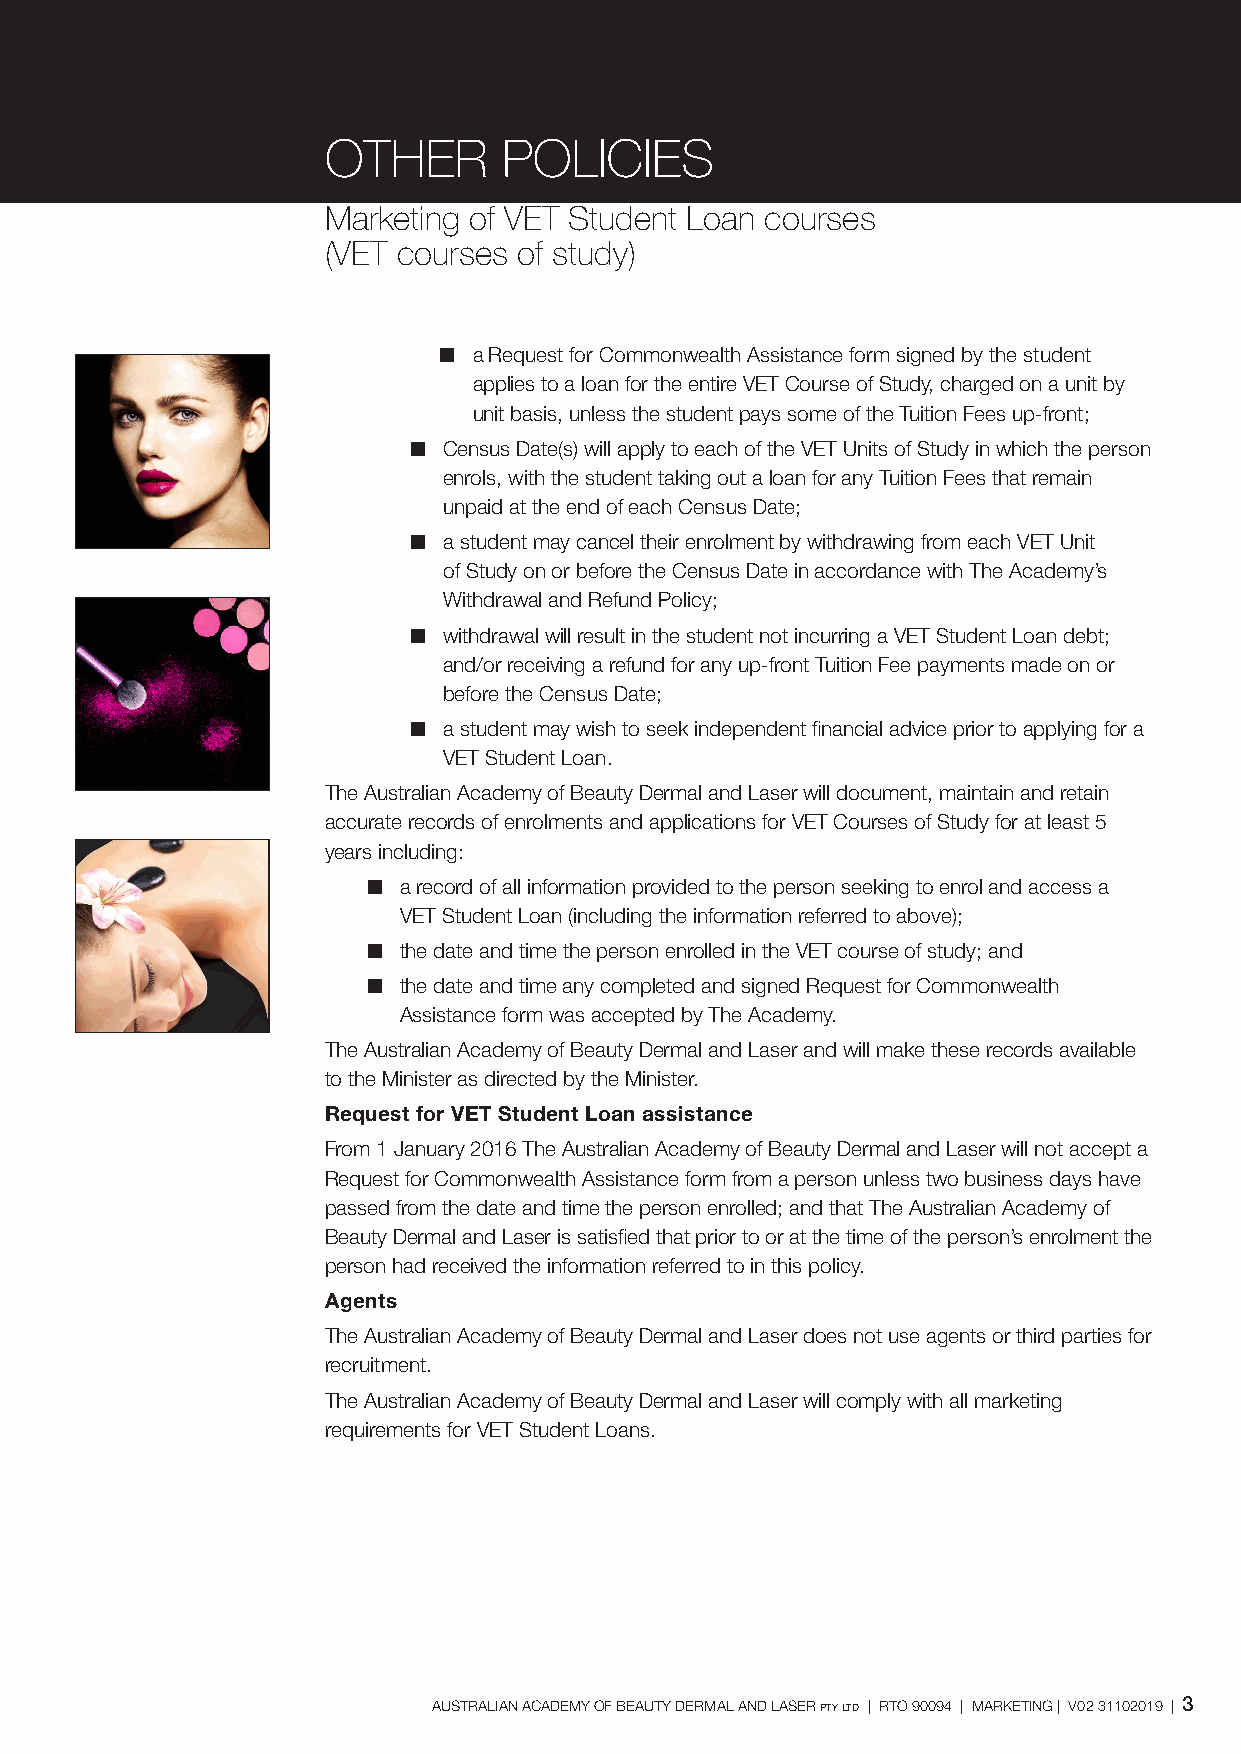
OTHER      POLICIES
 Marketing of VET Student Loan courses
 (VET courses of study)
 n a Request for Commonwealth Assistance form signed by the student
 applies to a loan for the entire VET Course of Study, charged on a unit by
 unit basis, unless the student pays some of the Tuition Fees up-front;
 n Census Date(s) will apply to each of the VET Units of Study in which the person
 enrols, with the student taking out a loan for any Tuition Fees that remain
 unpaid at the end of each Census Date;
 n a student may cancel their enrolment by withdrawing from each VET Unit
 of Study on or before the Census Date in accordance with The Academy’s
 Withdrawal and Refund Policy;
 n withdrawal will result in the student not incurring a VET Student Loan debt;
 and/or receiving a refund for any up-front Tuition Fee payments made on or
 before the Census Date;
 n a student may wish to seek independent financial advice prior to applying for a
 VET Student Loan.
 The Australian Academy of Beauty Dermal and Laser will document, maintain and retain
 accurate records of enrolments and applications for VET Courses of Study for at least 5
 years including:
 n a record of all information provided to the person seeking to enrol and access a
 VET Student Loan (including the information referred to above);
 n the date and time the person enrolled in the VET course of study; and
 n the date and time any completed and signed Request for Commonwealth
 Assistance form was accepted by The Academy.
 The Australian Academy of Beauty Dermal and Laser and will make these records available
 to the Minister as directed by the Minister.
 Request for VET Student Loan assistance
 From 1 January 2016 The Australian Academy of Beauty Dermal and Laser will not accept a
 Request for Commonwealth Assistance form from a person unless two business days have
 passed from the date and time the person enrolled; and that The Australian Academy of
 Beauty Dermal and Laser is satisfied that prior to or at the time of the person’s enrolment the
 person had received the information referred to in this policy.
 Agents
 The Australian Academy of Beauty Dermal and Laser does not use agents or third parties for
 recruitment.
 The Australian Academy of Beauty Dermal and Laser will comply with all marketing
 requirements for VET Student Loans.
 AUSTRALIAN ACADEMY OF BEAUTY DERMAL AND LASER pty ltd | RTO 90094 | MARKETING | V02 31102019 | 3